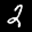
Label: 2